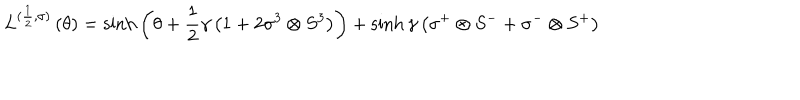
L ^ { ( { \frac { 1 } { 2 } } , \sigma ) } \left( \theta \right) = \sinh { \left( \theta + { \frac { 1 } { 2 } } \gamma \left( 1 + 2 \sigma ^ { 3 } \otimes S ^ { 3 } \right) \right) } + \sinh { \gamma } \left( \sigma ^ { + } \otimes S ^ { - } + \sigma ^ { - } \otimes S ^ { + } \right)